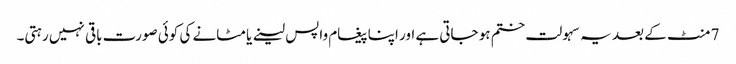
7 منٹ کے بعد یہ سہولت ختم ہو جاتی ہے اور اپنا پیغام واپس لینے یا مٹانے کی کوئی صورت باقی نہیں رہتی۔